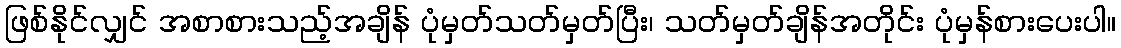
ဖြစ်နိုင်လျှင် အစာစားသည့်အချိန် ပုံမှတ်သတ်မှတ်ပြီး၊ သတ်မှတ်ချိန်အတိုင်း ပုံမှန်စားပေးပါ။